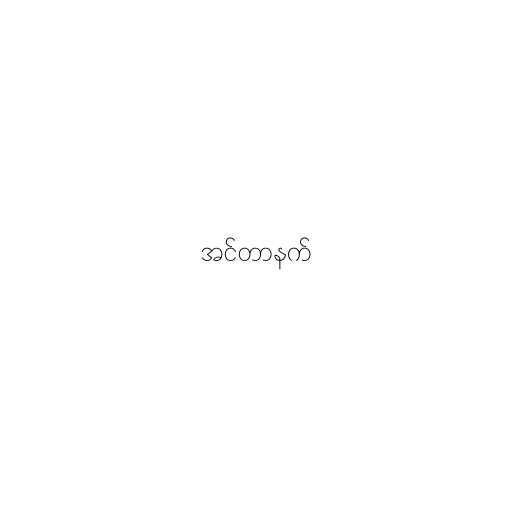
အင်တာနက်